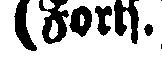
(sorts.)